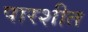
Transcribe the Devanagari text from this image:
पारशीत